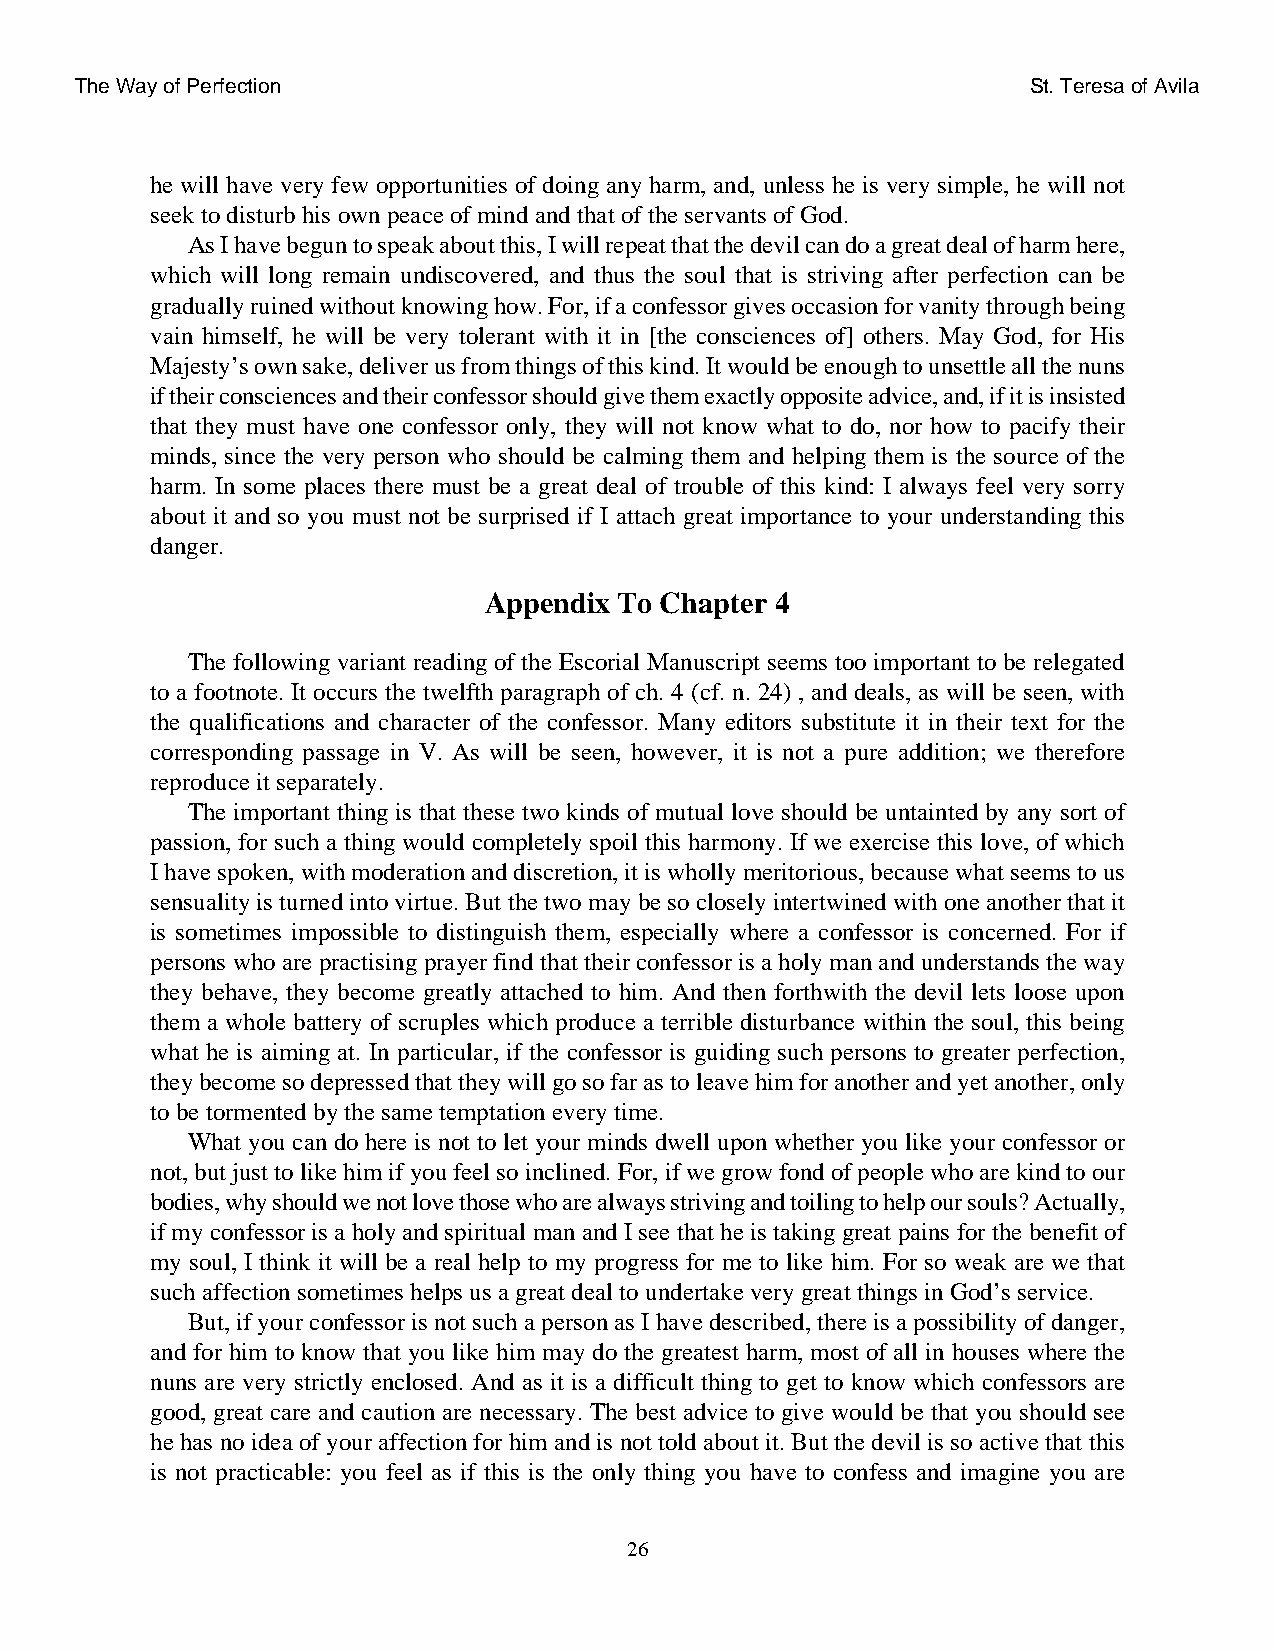
The Way of Perfection                                          St. Teresa of Avila
 he will have very few opportunities of doing any harm, and, unless he is very simple, he will not
 seek to disturb his own peace of mind and that of the servants of God.
 As I have begun to speak about this, I will repeat that the devil can do a great deal of harm here,
 which will long remain undiscovered, and thus the soul that is striving after perfection can be
 gradually ruined without knowing how. For, if a confessor gives occasion for vanity through being
 vain himself, he will be very tolerant with it in [the consciences of] others. May God, for His
 Majesty’s own sake, deliver us from things of this kind. It would be enough to unsettle all the nuns
 if their consciences and their confessor should give them exactly opposite advice, and, if it is insisted
 that they must have one confessor only, they will not know what to do, nor how to pacify their
 minds, since the very person who should be calming them and helping them is the source of the
 harm. In some places there must be a great deal of trouble of this kind: I always feel very sorry
 about it and so you must not be surprised if I attach great importance to your understanding this
 danger.
 Appendix To Chapter 4
 The following variant reading of the Escorial Manuscript seems too important to be relegated
 to a footnote. It occurs the twelfth paragraph of ch. 4 (cf. n. 24) , and deals, as will be seen, with
 the qualifications and character of the confessor. Many editors substitute it in their text for the
 corresponding passage in V. As will be seen, however, it is not a pure addition; we therefore
 reproduce it separately.
 The important thing is that these two kinds of mutual love should be untainted by any sort of
 passion, for such a thing would completely spoil this harmony. If we exercise this love, of which
 I have spoken, with moderation and discretion, it is wholly meritorious, because what seems to us
 sensuality is turned into virtue. But the two may be so closely intertwined with one another that it
 is sometimes impossible to distinguish them, especially where a confessor is concerned. For if
 persons who are practising prayer find that their confessor is a holy man and understands the way
 they behave, they become greatly attached to him. And then forthwith the devil lets loose upon
 them a whole battery of scruples which produce a terrible disturbance within the soul, this being
 what he is aiming at. In particular, if the confessor is guiding such persons to greater perfection,
 they become so depressed that they will go so far as to leave him for another and yet another, only
 to be tormented by the same temptation every time.
 What you can do here is not to let your minds dwell upon whether you like your confessor or
 not, but just to like him if you feel so inclined. For, if we grow fond of people who are kind to our
 bodies, why should we not love those who are always striving and toiling to help our souls? Actually,
 if my confessor is a holy and spiritual man and I see that he is taking great pains for the benefit of
 my soul, I think it will be a real help to my progress for me to like him. For so weak are we that
 such affection sometimes helps us a great deal to undertake very great things in God’s service.
 But, if your confessor is not such a person as I have described, there is a possibility of danger,
 and for him to know that you like him may do the greatest harm, most of all in houses where the
 nuns are very strictly enclosed. And as it is a difficult thing to get to know which confessors are
 good, great care and caution are necessary. The best advice to give would be that you should see
 he has no idea of your affection for him and is not told about it. But the devil is so active that this
 is not practicable: you feel as if this is the only thing you have to confess and imagine you are
 26